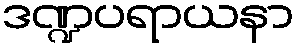
ဒဏ္ဍပရာယနာ